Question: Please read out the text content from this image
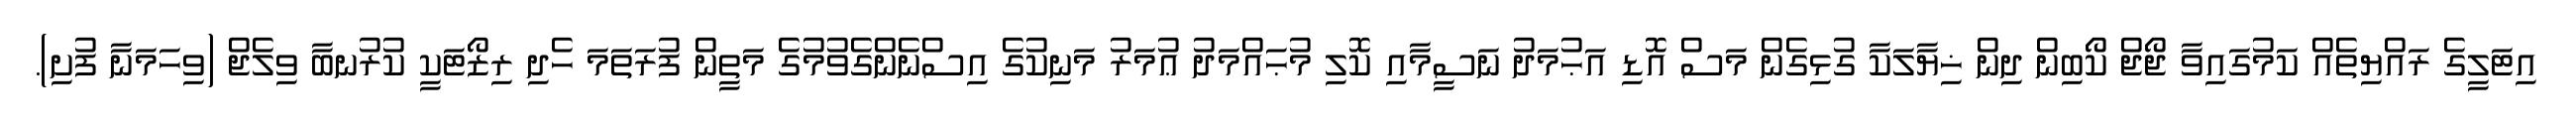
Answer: އިޓަލީގެ ރައްޔިތެއް ކަމުގައިވާ ޖޯޖް ކޯބިން ދިން ޚިޔާލަކާ ގުޅިގެން މަސް އޮޑި އަޙުމަދު ނަސީމާއި ކޮލި މުޙައްމަދު ޢުމަރު މަނިކުގެ އިސްނެންގެވުމުގެ މަތީން ފުރަތަމަ ހެދި ރިޒޯޓަކީ ކުރުނބާ ވިލެޖް (ވިހަމަނާ ފުށި).